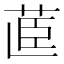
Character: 𮎽